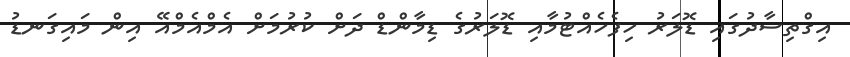
އިގްތިސާދުގައި ޑޮލަރު ހިފެހެއްޓުމާއި ޑޮލަރުގެ ޑިމާންޑް ދަށް ކުރުމަށް އެމްއެމްއޭ އިން މައިގަނޑު